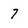
Character: 7